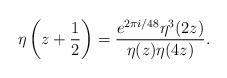
LaTeX: \begin{align*}\eta \left( z + \frac{1}{2} \right) = \frac{e^{2\pi i/48}\eta^3(2z)}{\eta(z)\eta(4z)}.\end{align*}